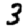
Digit: 3